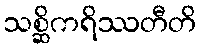
သစ္ဆိကရိဿတီတိ